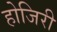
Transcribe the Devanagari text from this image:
होजिरी